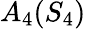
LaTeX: A_{4}(S_{4})